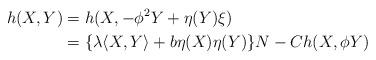
LaTeX: \begin{align*} h(X,Y)&=h(X,-\phi^2 Y+\eta(Y)\xi)\\&=\{\lambda\langle X,Y\rangle+b\eta(X)\eta(Y)\}N-Ch(X,\phi Y)\end{align*}